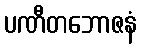
ပဏီတဘောဇနံ